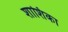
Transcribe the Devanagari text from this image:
शाशिका